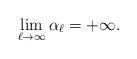
LaTeX: \begin{align*}\lim_{\ell \to \infty} \alpha_\ell = +\infty.\end{align*}